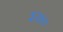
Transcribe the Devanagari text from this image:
३२४०